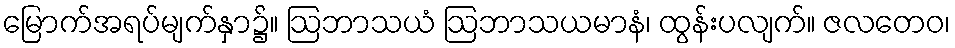
မြောက်အရပ်မျက်နှာ၌။ ဩဘာသယံ ဩဘာသယမာနံ၊ ထွန်းပလျက်။ ဇလတေဝ၊